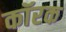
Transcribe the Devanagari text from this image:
कॉरक